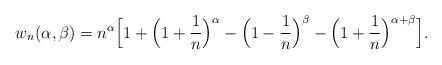
LaTeX: \begin{align*}w_{n}(\alpha,\beta)& =n^{\alpha}\Big[1+\Big(1+\frac{1}{n}\Big)^{\alpha}-\Big(1-\frac{1}{n}\Big)^{\beta}-\Big(1+\frac{1}{n}\Big)^{\alpha+\beta}\Big].\end{align*}